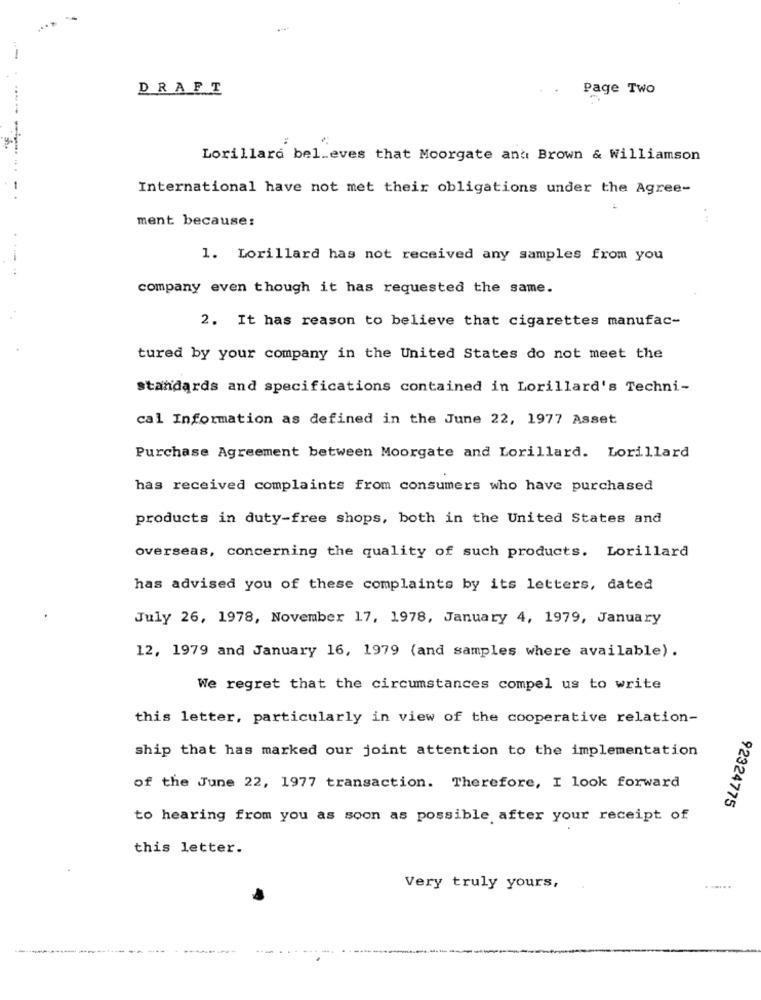
DRAFT
Page Two
Lorillard believes that Moorgate and Brown & Williamson
International have not met their obligations under the Agree-
ment because:
1. Lorillard has not received any samples from you
company even though it has requested the same.
2. It has reason to believe that cigarettes manufac-
tured by your company in the United States do not meet the
standards and specifications contained in Lorillard's Techni-
cal Information as defined in the June 22, 1977 Asset
Purchase Agreement between Moorgate and Lorillard. Lorillard
has received complaints from consumers who have purchased
products in duty-free shops, both in the United States and
overseas, concerning the quality of such products. Lorillard
has advised you of these complaints by its letters, dated
July 26, 1978, November 17, 1978, January 4, 1979, January
12, 1979 and January 16, 1979 (and samples where available) .
We regret that the circumstances compel us to write
this letter, particularly in view of the cooperative relation-
ship that has marked our joint attention to the implementation
of the June 22, 1977 transaction. Therefore, I look forward
92324775
to hearing from you as soon as possible after your receipt of
this letter.
Very truly yours,
......
------